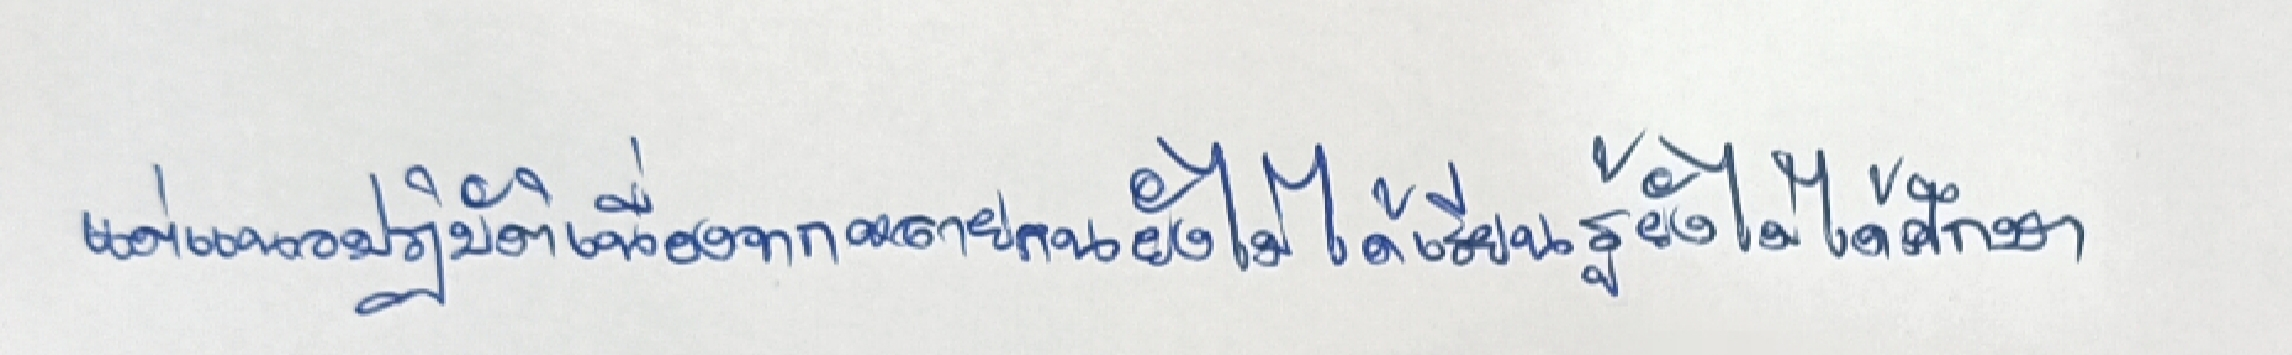
แต่แนวปฏิบัติเนื่องจากหลายคนยังไม่ได้เรียนรู้ยังไม่ได้ศึกษา